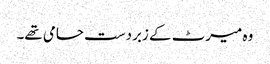
وہ میرٹ کے زبردست حامی تھے۔